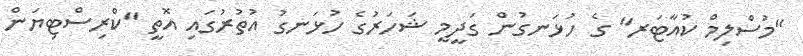
"މުސްލިމް ކުއާޓަރ" ގެ ހުޅަނގުން ގަދީމީ ޝަހަރުގެ ހުޅަނގު އުތުރުގައި އޮތީ "ކްރިސްޓިޔަން